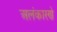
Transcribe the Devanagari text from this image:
अलंकारणे